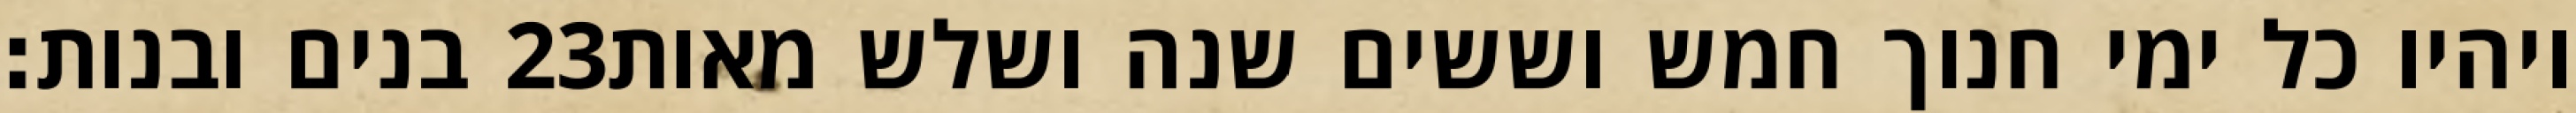
בנים ובנות׃ ‎23‏ ויהיו כל ימי חנוך חמש וששים שנה ושלש מאות